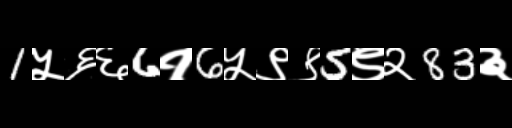
Text: 1५६६6१6५९९5९२83३